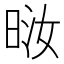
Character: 𪰤